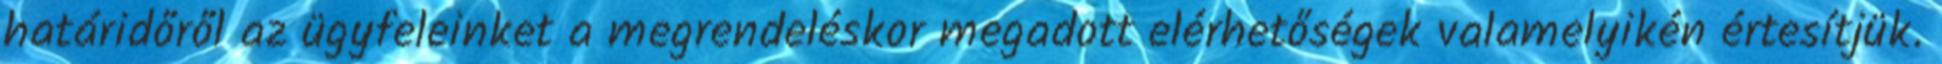
határidőről az ügyfeleinket a megrendeléskor megadott elérhetőségek valamelyikén értesítjük.